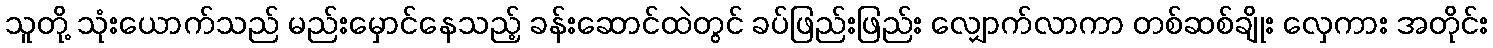
သူတို့ သုံးယောက်သည် မည်းမှောင်နေသည့် ခန်းဆောင်ထဲတွင် ခပ်ဖြည်းဖြည်း လျှောက်လာကာ တစ်ဆစ်ချိုး လှေကား အတိုင်း